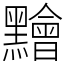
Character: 䵳